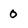
Character: 0